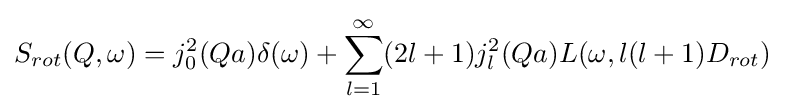
S_{rot}(Q,\omega )=j_{0}^{2}(Qa)\delta (\omega )+\sum _{l=1}^{\infty }(2l+1)j_{l}^{2}(Qa)L(\omega ,l(l+1)D_{rot})